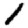
Digit: 1